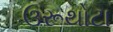
ઉરૂથોટા